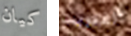
كيان اقتربت